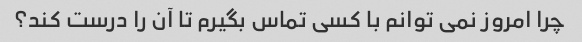
چرا امروز نمی توانم با کسی تماس بگیرم تا آن را درست کند؟